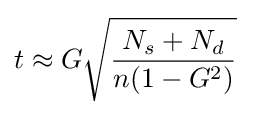
t\approx G{\sqrt {\frac {N_{s}+N_{d}}{n(1-G^{2})}}}\